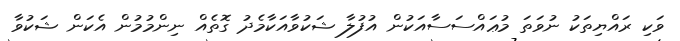
ވަކި ރައްޔިތަކު ނުވަތަ މުޢައްސަސާއަކުން އުފުލާ ޝަކުވާއަކާމެދު ގޮތެއް ނިންމުމުން އެކަން ޝަކުވާ